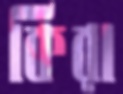
কিরা